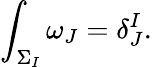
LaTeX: \int_{\Sigma_{I}}\omega_{J}=\delta_{J}^{I}.